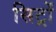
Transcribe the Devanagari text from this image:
सिट्रों